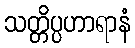
သတ္တိပ္ပဟာရာနံ